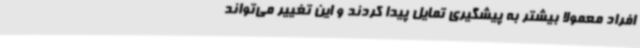
افراد معمولا بیشتر به پیشگیری تمایل پیدا کردند و این تغییر می‌تواند